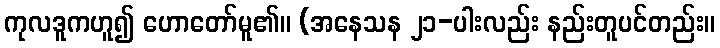
ကုလဒူကဟူ၍ ဟောတော်မူ၏။ (အနေသန ၂၁-ပါးလည်း နည်းတူပင်တည်း။